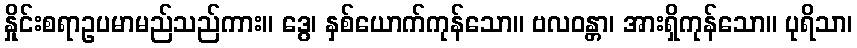
နှိုင်းစရာဥပမာမည်သည်ကား။ ဒွေ၊ နှစ်ယောက်ကုန်သော။ ဗလဝန္တာ၊ အားရှိကုန်သော။ ပုရိသာ၊